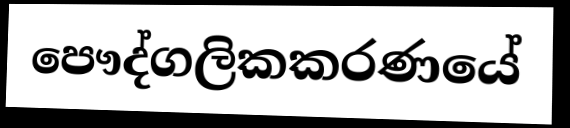
පෞද්ගලිකකරණයේ